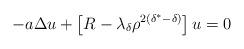
LaTeX: \begin{align*}-a\Delta u + \left[R-\lambda_\delta \rho^{2(\delta^*-\delta)}\right]u =0\end{align*}